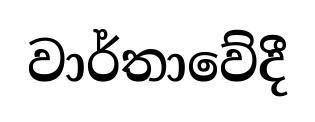
වාර්තාවේදී